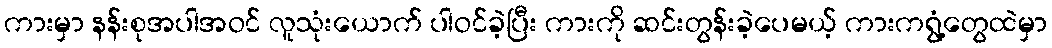
ကားမှာ နန်းစုအပါအဝင် လူသုံးယောက် ပါဝင်ခဲ့ပြီး ကားကို ဆင်းတွန်းခဲ့ပေမယ့် ကားကရွံ့တွေထဲမှာ